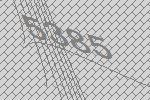
5385